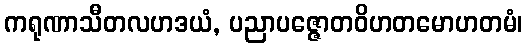
ကရုဏာသီတလဟဒယံ, ပညာပဇ္ဇောတဝိဟတမောဟတမံ၊